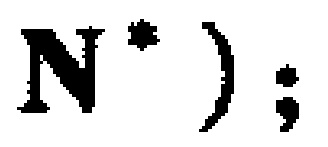
$N^{*});$